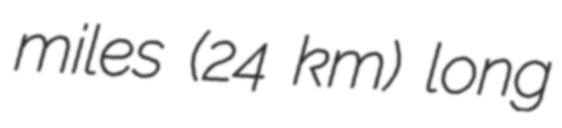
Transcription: miles (24 km) long